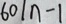
6 0 \vert n - 1